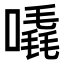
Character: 𠽶